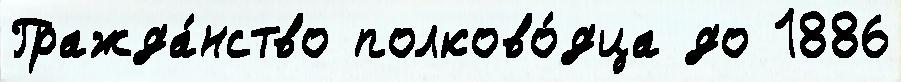
Гражда́нство полково́дца до 1886